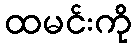
ထမင်းကို